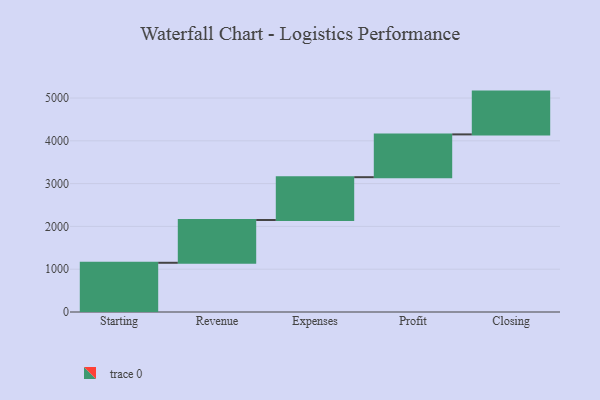
{"axis": {"x": "Step", "y": "Value"}, "legend": [""], "data": [{"x": "Starting", "y": 1150.0, "type": ""}, {"x": "Revenue", "y": 1000, "type": ""}, {"x": "Expenses", "y": 1000, "type": ""}, {"x": "Profit", "y": 1000, "type": ""}, {"x": "Closing", "y": 1000, "type": ""}]}